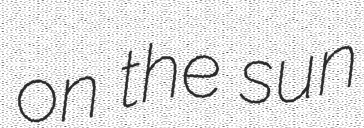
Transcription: on the sun